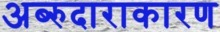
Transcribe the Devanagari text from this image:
अब्‍रुदाराकारण